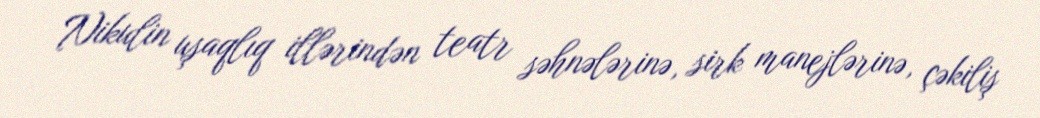
Nikulin uşaqlıq illərindən teatr səhnələrinə, sirk manejlərinə, çəkiliş